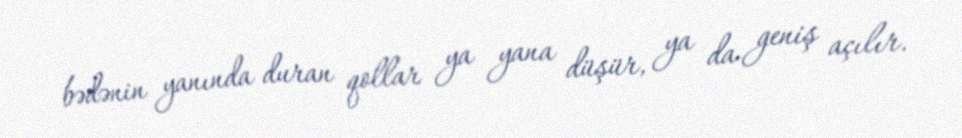
bədənin yanında duran qollar ya yana düşür, ya da geniş açılır.